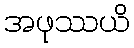
အဖုဿယိ